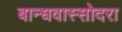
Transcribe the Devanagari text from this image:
बान्धवास्सोदरा